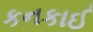
કનકાઈ